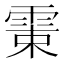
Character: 𩂺